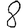
Digit: 8